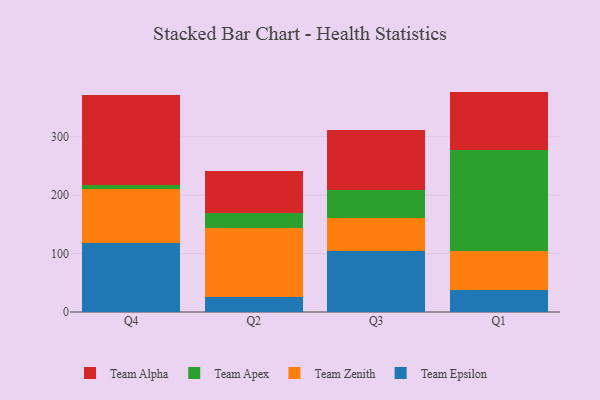
{"axis": {"x": "Quarter", "y": "Demand Index"}, "legend": ["Team Alpha", "Team Apex", "Team Epsilon", "Team Zenith"], "data": [{"x": "Q4", "y": 118.1, "type": "Team Epsilon"}, {"x": "Q4", "y": 91.9, "type": "Team Zenith"}, {"x": "Q4", "y": 7.0, "type": "Team Apex"}, {"x": "Q4", "y": 154.2, "type": "Team Alpha"}, {"x": "Q2", "y": 25.5, "type": "Team Epsilon"}, {"x": "Q2", "y": 118.1, "type": "Team Zenith"}, {"x": "Q2", "y": 26.1, "type": "Team Apex"}, {"x": "Q2", "y": 71.5, "type": "Team Alpha"}, {"x": "Q3", "y": 104.5, "type": "Team Epsilon"}, {"x": "Q3", "y": 55.8, "type": "Team Zenith"}, {"x": "Q3", "y": 48.0, "type": "Team Apex"}, {"x": "Q3", "y": 102.9, "type": "Team Alpha"}, {"x": "Q1", "y": 37.1, "type": "Team Epsilon"}, {"x": "Q1", "y": 67.8, "type": "Team Zenith"}, {"x": "Q1", "y": 172.1, "type": "Team Apex"}, {"x": "Q1", "y": 100.4, "type": "Team Alpha"}]}